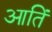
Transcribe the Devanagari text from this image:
आतिं